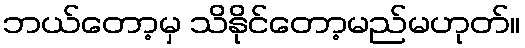
ဘယ်တော့မှ သိနိုင်တော့မည်မဟုတ်။